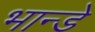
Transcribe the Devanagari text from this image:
भान्डे